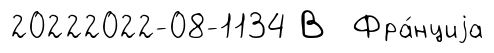
20222022-08-1134 В Фра́нциjа